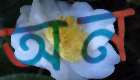
অন